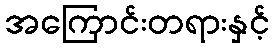
အကြောင်းတရားနှင့်